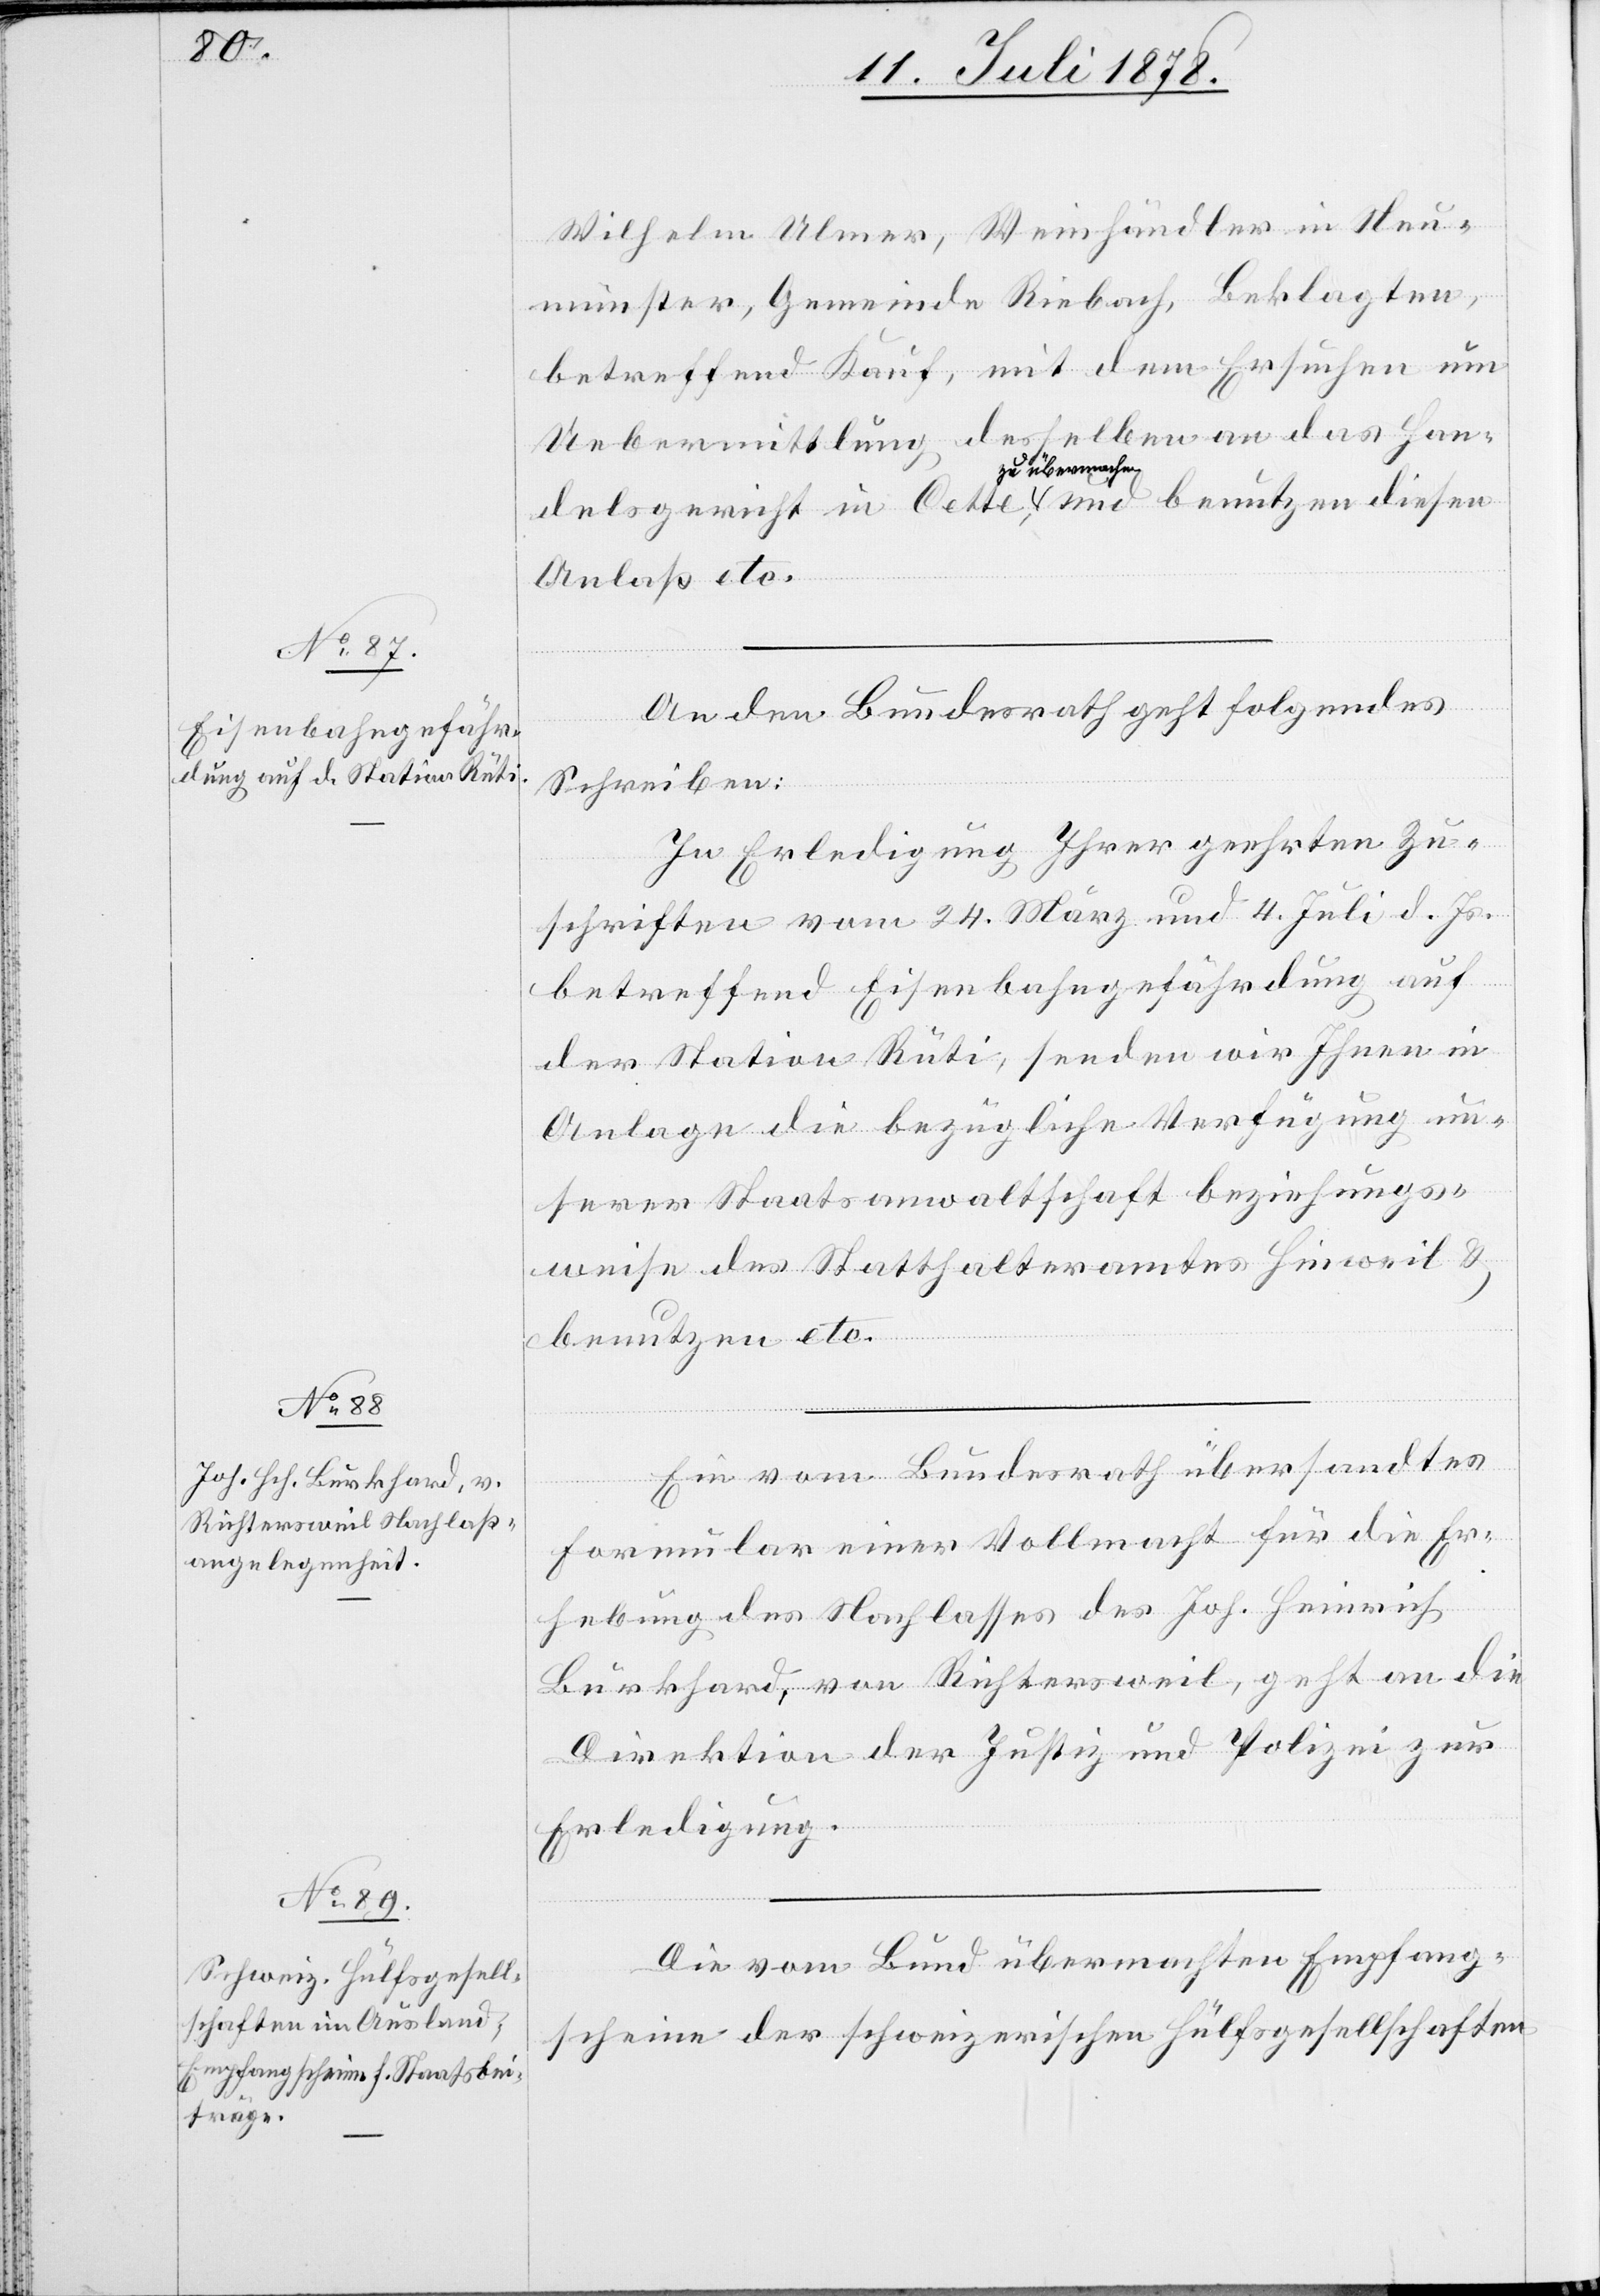
11. Juli 1878.]
Wilhelm Ulmer, Weinhändler in Neu¬
münster, Gemeinde Riesbach, Beklagten,
betreffend Kauf, mit dem Ersuchen um
Uebermittlung desselben an das Han¬
delsgericht in Cette, a-zu übermachen-a und benutzen diesen
Anlaß etc.
An den Bundesrath geht folgendes
Schreiben:
In Erledigung Ihrer geehrten Zu¬
schriften vom 24. März und 4. Juli d. Js.
betreffend Eisenbahngefährdung auf
der Station Rüti, senden wir Ihnen in
Anlage die bezügliche Verfügung un¬
serer Staatsanwaltschaft beziehungs¬
weise des Statthalteramtes Hinweil &
benutzen etc.
Ein vom Bundesrath übersandtes
Formular einer Vollmacht für die Er¬
hebung des Nachlasses des Joh. Heinrich
Burkhard, von Richtersweil, geht an die
Direktion der Justiz & Polizei zur
Erledigung.
Die vom Bund übermachten Empfang¬
scheine der schweizerischen Hülfsgesellschaften